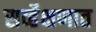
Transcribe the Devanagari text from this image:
सर्व्हेक्षणात